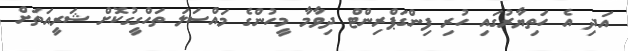
އަދި އެ ހަތިޔާރުގައި ހުރި ފިންގަޕްރިންޓް ދިވާމާ މީހުންގެ މައްސަލަ ތަހްގީގުކޮށް ޝަރީއަތަށް